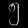
Digit: ၅